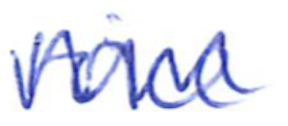
Text: voice
Cross-out: mix
Writing tool: ballpoint